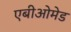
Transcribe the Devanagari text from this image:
एबीओमेड